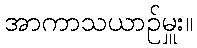
အာကာသယာဉ်မှူး။